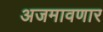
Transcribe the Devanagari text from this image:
अजमावणार